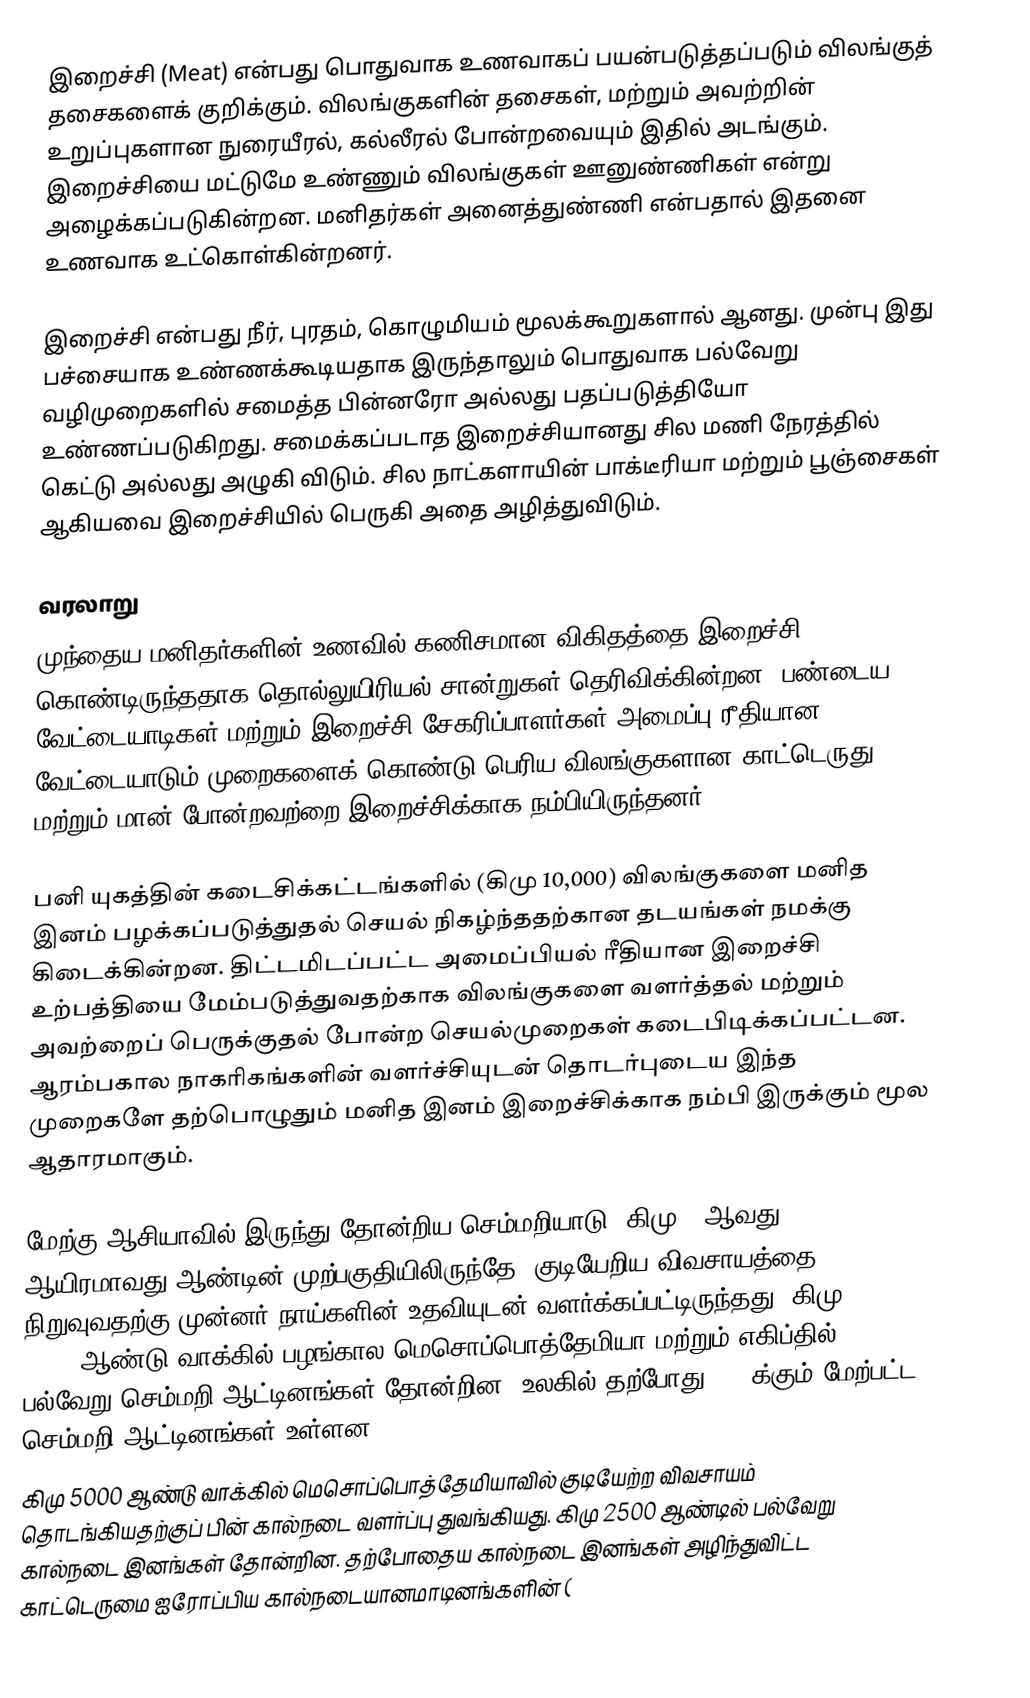
இறைச்சி (Meat) என்பது பொதுவாக உணவாகப் பயன்படுத்தப்படும் விலங்குத் தசைகளைக் குறிக்கும். விலங்குகளின் தசைகள், மற்றும் அவற்றின் உறுப்புகளான நுரையீரல், கல்லீரல் போன்றவையும் இதில் அடங்கும். இறைச்சியை மட்டுமே உண்ணும் விலங்குகள் ஊனுண்ணிகள் என்று அழைக்கப்படுகின்றன. மனிதர்கள் அனைத்துண்ணி என்பதால் இதனை உணவாக உட்கொள்கின்றனர்.

இறைச்சி என்பது நீர், புரதம், கொழுமியம் மூலக்கூறுகளால் ஆனது. முன்பு இது பச்சையாக உண்ணக்கூடியதாக இருந்தாலும் பொதுவாக பல்வேறு வழிமுறைகளில் சமைத்த பின்னரோ அல்லது  பதப்படுத்தியோ உண்ணப்படுகிறது. சமைக்கப்படாத இறைச்சியானது சில மணி நேரத்தில் கெட்டு அல்லது அழுகி விடும். சில நாட்களாயின் பாக்டீரியா மற்றும் பூஞ்சைகள் ஆகியவை இறைச்சியில் பெருகி அதை அழித்துவிடும்.

வரலாறு
முந்தைய மனிதர்களின் உணவில் கணிசமான விகிதத்தை இறைச்சி கொண்டிருந்ததாக தொல்லுயிரியல் சான்றுகள் தெரிவிக்கின்றன. பண்டைய வேட்டையாடிகள் மற்றும் இறைச்சி சேகரிப்பாளர்கள் அமைப்பு ரீதியான வேட்டையாடும் முறைகளைக் கொண்டு பெரிய விலங்குகளான காட்டெருது மற்றும் மான் போன்றவற்றை இறைச்சிக்காக நம்பியிருந்தனர்.

பனி யுகத்தின் கடைசிக்கட்டங்களில் (கிமு 10,000) விலங்குகளை மனித இனம் பழக்கப்படுத்துதல் செயல் நிகழ்ந்ததற்கான தடயங்கள் நமக்கு கிடைக்கின்றன. திட்டமிடப்பட்ட அமைப்பியல் ரீதியான இறைச்சி உற்பத்தியை மேம்படுத்துவதற்காக விலங்குகளை வளர்த்தல் மற்றும் அவற்றைப் பெருக்குதல் போன்ற செயல்முறைகள் கடைபிடிக்கப்பட்டன. ஆரம்பகால நாகரிகங்களின் வளர்ச்சியுடன் தொடர்புடைய இந்த முறைகளே தற்பொழுதும் மனித இனம் இறைச்சிக்காக நம்பி இருக்கும் மூல ஆதாரமாகும்.

 மேற்கு ஆசியாவில் இருந்து தோன்றிய செம்மறியாடு, கிமு 8 ஆவது ஆயிரமாவது ஆண்டின் முற்பகுதியிலிருந்தே, குடியேறிய விவசாயத்தை நிறுவுவதற்கு முன்னர் நாய்களின் உதவியுடன் வளர்க்கப்பட்டிருந்தது. கிமு 3500 –3000 ஆண்டு வாக்கில் பழங்கால மெசொப்பொத்தேமியா மற்றும் எகிப்தில் பல்வேறு செம்மறி ஆட்டினங்கள் தோன்றின. உலகில் தற்போது, 200க்கும் மேற்பட்ட செம்மறி ஆட்டினங்கள் உள்ளன.
கிமு 5000 ஆண்டு வாக்கில் மெசொப்பொத்தேமியாவில் குடியேற்ற விவசாயம் தொடங்கியதற்குப் பின் கால்நடை வளர்ப்பு துவங்கியது. கிமு 2500 ஆண்டில் பல்வேறு கால்நடை இனங்கள் தோன்றின. தற்போதைய கால்நடை இனங்கள் அழிந்துவிட்ட  காட்டெருமை ஐரோப்பிய கால்நடையானமாடினங்களின் (